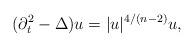
LaTeX: \begin{align*} (\partial_t^2 - \Delta) u = |u|^{4/(n-2)} u,\end{align*}